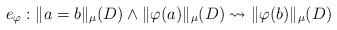
LaTeX: \begin{align*}e_{\varphi}: \|a=b\|_{\mu}(D) \wedge \|\varphi(a)\|_{\mu}(D) \leadsto \|\varphi(b)\|_{\mu}(D)\end{align*}